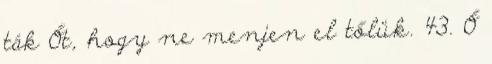
ták Őt, hogy ne menjen el tőlük. 43. Ő